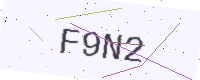
Text: F9N2